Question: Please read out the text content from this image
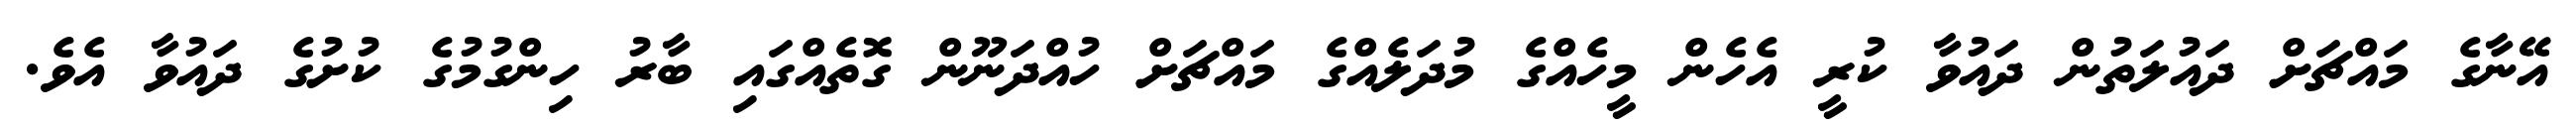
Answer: އޭނާގެ މައްޗަށް ދައުލަތުން ދައުވާ ކުރީ އެހެން މީހެއްގެ މުދަލެއްގެ މައްޗަށް ހުއްދަނޫން ގޮތެއްގައި ބާރު ހިންގުމުގެ ކުށުގެ ދައުވާ އެވެ.